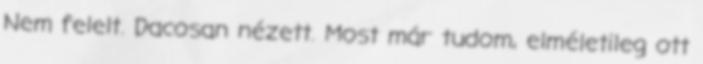
Nem felelt. Dacosan nézett. Most már tudom, elméletileg ott